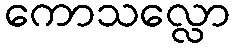
ကောသလ္လော